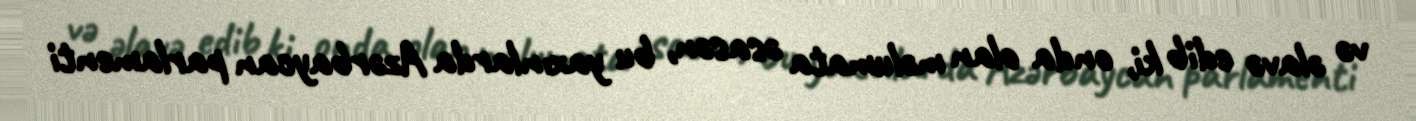
və əlavə edib ki, onda olan məlumata əsasən, bu yaxınlarda Azərbaycan parlamenti